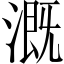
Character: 溉